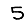
Digit: 5